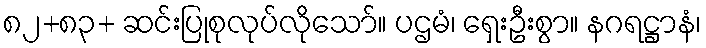
၈၂+၈၃+ ဆင်းပြုစုလုပ်လိုသော်။ ပဌမံ၊ ရှေးဦးစွာ။ နဂရဋ္ဌာနံ၊